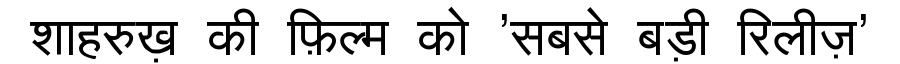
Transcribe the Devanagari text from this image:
शाहरुख़ की फ़िल्म को 'सबसे बड़ी रिलीज़'